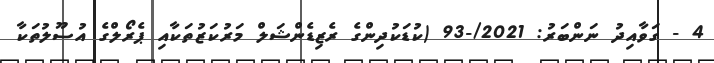
4 - ގަވާއިދު ނަންބަރު: 2021/-93 (ކުޑަކުދިންގެ ރެޒިޑެންޝަލް މަރުކަޒުތަކާއި ޕެރޯލްގެ އުސޫލުތަކާ